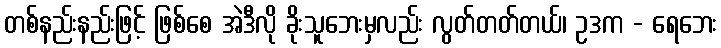
တစ်နည်းနည်းဖြင့် ဖြစ်စေ အဲဒီလို ခိုးသူဘေးမှလည်း လွတ်တတ်တယ်၊ ဥဒက - ရေဘေး